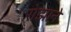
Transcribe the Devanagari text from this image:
रोझाने